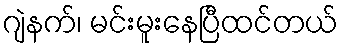
ဂျဲနက်၊ မင်းမူးနေပြီထင်တယ်